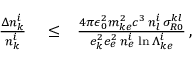
\begin{array} { r l r } { \frac { \Delta n _ { k } ^ { i } } { n _ { k } ^ { i } } } & { { } \le } & { \frac { 4 \pi \epsilon _ { 0 } ^ { 2 } m _ { k e } ^ { 2 } c ^ { 3 } \, n _ { l } ^ { i } \, \sigma _ { R 0 } ^ { k l } } { e _ { k } ^ { 2 } e _ { e } ^ { 2 } \, n _ { e } ^ { i } \, \ln \Lambda _ { k e } ^ { i } } \, , } \end{array}